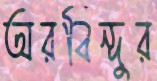
অরবিন্দুর